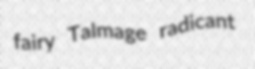
fairy Talmage radicant